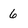
Character: 6